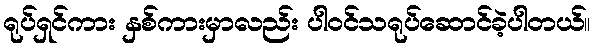
ရုပ်ရှင်ကား နှစ်ကားမှာလည်း ပါဝင်သရုပ်ဆောင်ခဲ့ပါတယ်။